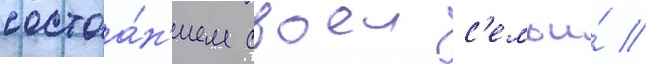
состоа́н'ием своеи с'емьи́ //